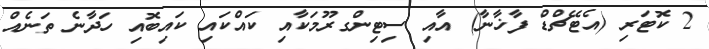
2 ކޮޓަރި (އެޓޭޗްޑް ފާޚާނާ) އާއި ސިޓިންގރޫމަކާއި ކައްކައި ކައިބޮއި ހަދާނެ ތަނެއް